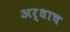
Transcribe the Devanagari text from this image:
अर्धाच